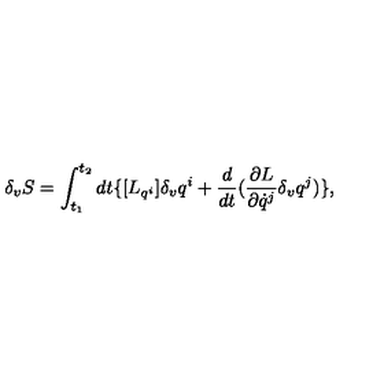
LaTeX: \delta _ { v } { S } = \int _ { t _ { 1 } } ^ { t _ { 2 } } d t \{ [ { L } _ { q ^ { i } } ] \delta _ { v } q ^ { i } + \frac { d } { d t } ( \frac { \partial { L } } { \partial \dot { q } ^ { j } } \delta _ { v } q ^ { j } ) \} ,